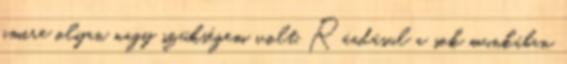
amire olyan nagy szükségem volt. Ráadásul a sok munkában